Report of the Indian Hemp Drugs Commission, 1894-1895 - Volume VI
Year: 1894
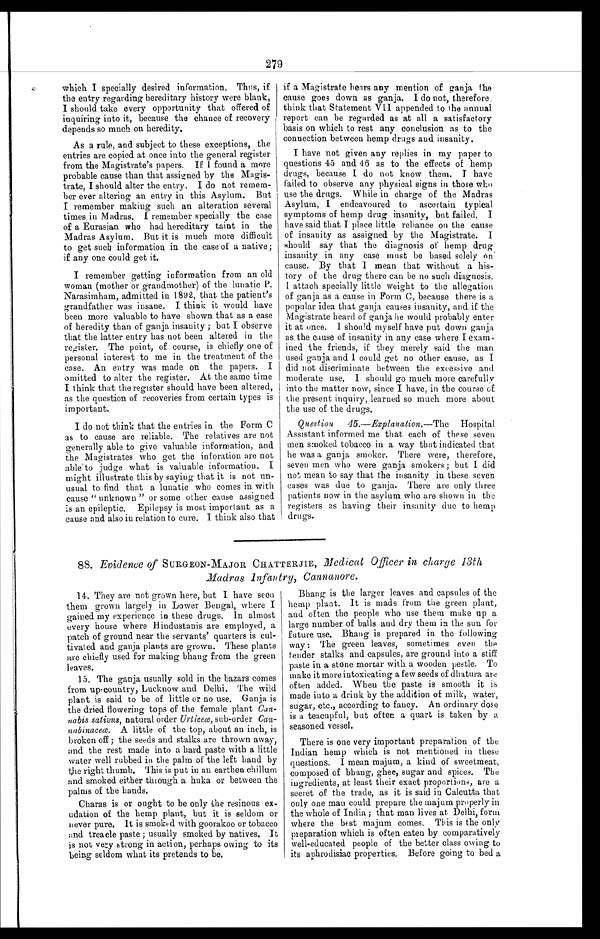
279
which I specially desired information. Thus, if
the entry regarding hereditary history were blank,
I should take every opportunity that offered of
inquiring into it, because the chance of recovery
depends so much on heredity.
As a rule, and subject to these exceptions, the
entries are copied at once into the general register
from the Magistrate's papers. If If o u n d a m o r e
probable cause than that assigned by the Magis
-trate, I should alter the entry. I do not remem
- b e r e v e r a l t e r i n g a n e n t r y i n t h i s A s y l u m . B u t
I remember making such an alteration several
times in Madras. I remember specially the case
of a Eurasian who had hereditary taint in the
Madras Asylum. But it is much more difficult
to get such information in the case of a native;
if any one could get it.
I remember getting information from an old
woman (mother or grandmother) of the lunatic P.
Narasimham, admitted in 1892, that the patient's
grandfather was insane. I think it would have
been more valuable to have shown that as a case
of heredity than of ganja insanity ; but I observe
that the latter entry has not been altered in the
register. The point, of course, is chiefly one of
personal interest to me in the treatment of the
case. An entry was made on the papers. I
omitted to alter the register. At the same time
I think that the register should have been altered,
as the question of recoveries from certain types is
important.
I do not think that the entries in the Form C
as to cause are reliable. The relatives are not
generally able to give valuable information, and
the Magistrates who get the inforation are not
able to judge what is valuable information. I
might illustrate this by saying that it is not un-
usual to find that a lunatic who comes in with
cause "unknown" or some other cause assigned
is an epileptic. Epilepsy is most important as a
cause and also in relation to cure. I think also that
if a Magistrate hears any mention of ganja the
cause goes down as ganja. I do not, therefore.
think that Statement VII appended to the annual
report can be regarded as at all a satisfactory
basis on which to rest any conclusion as to the
connection between hemp drugs and insanity.
I have not given any replies in my paper to
questions 45 and 46 as to the effects of hemp
drugs, because I do not know them. I have
failed to observe any physical signs in those who
use the drags. While in charge of the Madras
Asylum, I endeavoured to ascertain typical
symptoms of hemp drug insanity, but failed. I
have said that I place little reliance on the cause
of insanity as assigned by the Magistrate. I
should say that the diagnosis of hemp drug
insanity in any case must be based solely on
cause. By that I mean that without a his-
tory of the drug there can be no such diagnosis.
I attach specially little weight to the allegation
of ganja as a cause in Form C, because there is a
popular idea that ganja causes insanity, and if the
Magistrate heard of ganja he would probably enter
it at once. I should myself have put down ganja
as the cause of insanity in any case where I exam.
fined the friends, if they merely said the man
used ganja and I could get no other cause, as I
did not discriminate between the excessive and
moderate use. I should go much more carefully
into the matter now, since I have, in the course of
the present inquiry, learned so much more about
the use of the drugs.
Question
45.—Explanation.— The Hospital
Assistant informed me that each of these seven
men smoked tobacco in a way that indicated that
he was a ganja smoker. There were, therefore,
seven men who were ganja smokers; but I did
not mean to say that the insanity in these seven
cases was due to ganja. There are only three
patients now in the asylum who are shown in the
registers as having their insanity due to hemp
drugs.
88. Evidence of SURGEON-MAJOR CIIATTERJIE, Medical Officer in charge 13th
Madras Infantry, Cannanore.
14. They are not grown here, but I have seen
them grown largely in Lower Bengal, where I
gained my experience in these drugs. In almost
every house where Hindustanis are employed, a
patch of ground near the servants' quarters is cul
- t i v a t e d a n d g a n j a p l a n t s a r e g r o w n . T h e s e p l a n t s
are chiefly used for making bhang from the green
leaves.
15. The ganja usually sold in the bazars comes
from up-country, Lucknow and Delhi. The wild
plant is said to be of little or no use. Ganja is
the dried flowering tops of the female plant Can
- n a b i s s a t i v u s ,
n a t u r a l o r d e r
U r t i c e œ ,
s u b - o r d e r
C a n -
nabinaceœ. A little of the top, about an inch, is
broken off ; the seeds and stalks are thrown away,
and the rest made into a hard paste with a little
water well rubbed in the palm of the left hand by
the right thumb. This is put in an earthen chillum
and smoked either through a huka or between the
palms of the hands.
Charas is or ought to be only the resinous ex
- u d a t i o n o f t h e h e m p p l a n t , b u t i t i s s e l d o m o r
never pure. It is smoked with goorakoo or tobacco
and treacle paste ; usually smoked by natives. It
is not very strong in action, perhaps owing to its
being seldom what its pretends to be.
Bhang is the larger leaves and capsules of the
hemp plant. It is made from the green plant,
and often the people who use them make up a
large number of balls and dry them in the sun for
future use. Bhang is prepared in the following
way : The green leaves, sometimes even the
tender stalks and capsules, are ground into a stiff
paste in a stone mortar with a wooden pestle. To
make it more intoxicating a few seeds of dhatura are
often added. When the paste is smooth it is
made into a drink by the addition of milk, water,
sugar, etc according to fancy. An ordinary dose
is a teacupful, but often a quart is taken by a
seasoned vessel.
There is one very important preparation of the
Indian hemp which is not mentioned in these
questions. I mean majum, a kind of sweetmeat,
composed of bhang, ghee, sugar and spices. The
ingredients, at least their exact proportions, are a
secret of the trade, as it is said in Calcutta that
only one man could prepare the majum properly in
the whole of India ; that man lives at Delhi, form
where the best majum comes. This is the only
preparation which is often eaten by comparatively
well-educated people of the better class owing to
its aphrodisiac properties. Before going to bed a